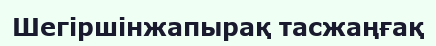
Шегіршінжапырақ тасжаңғақ